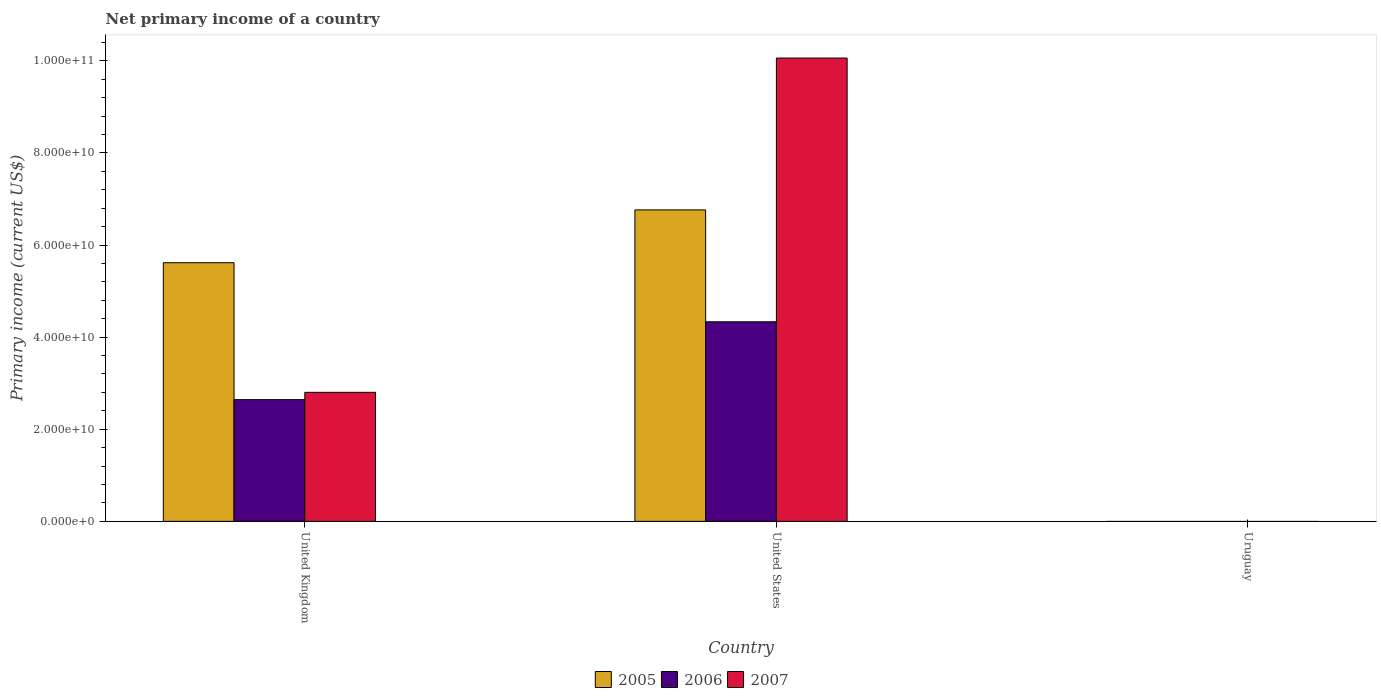
| Country | 2005 | 2006 | 2007 |
 | --- | --- | --- | --- |
 | United Kingdom | 5.62e+10 | 2.64e+10 | 2.8e+10 |
 | United States | 6.76e+10 | 4.33e+10 | 1.01e+11 |
 | Uruguay | -4.94e+08 | -4.28e+08 | -5.16e+08 |